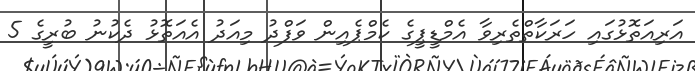
އަރިއަތޮޅުގައި ހަރަކާތްތެރިވާ އެމްޑީޕީގެ ކެމްޕެއިން ވަފްދު މިއަދު އެއަތޮޅު ދެކުނު ބުރީގެ 5